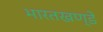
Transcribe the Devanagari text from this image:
भारतखण्डे